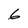
Character: 6